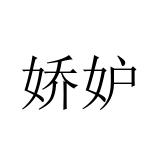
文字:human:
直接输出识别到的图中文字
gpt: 娇妒